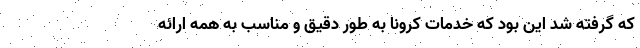
که گرفته شد این بود که خدمات کرونا به طور دقیق و مناسب به همه ارائه